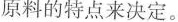
原料的特点来决定。